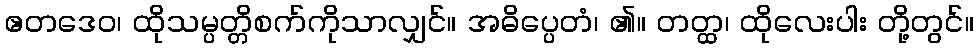
ဧတဒေဝ၊ ထိုသမ္ပတ္တိစက်ကိုသာလျှင်။ အဓိပ္ပေတံ၊ ၏။ တတ္ထ၊ ထိုလေးပါး တို့တွင်။